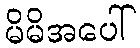
မိမိအပေါ်